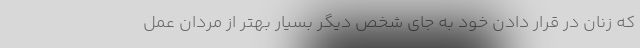
که زنان در قرار دادن خود به جای شخص دیگر بسیار بهتر از مردان عمل